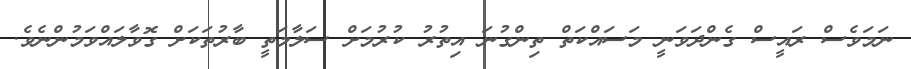
ނަމަވެސް ރައީސް ގެންދަވަނީ މަސައްކަތް ތިންގުނަ އިތުރު ކުރުމަށް ސަލާމަތީ ބާރުތަކަށް ގޮވާލައްވަމުންނެވެ.